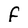
Character: f